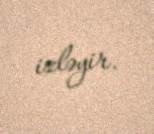
izləyir.